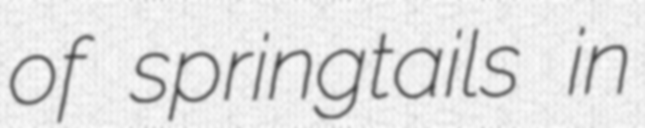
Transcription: of springtails in